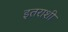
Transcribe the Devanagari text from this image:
इतराशी